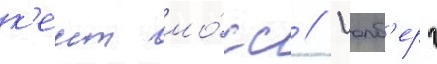
к'еит мо́сс // Уолб'ерг